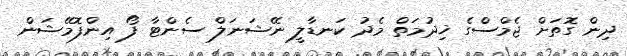
ދިން ގޮތަށް ޖެމްސްގެ ޚިދުމަތް މެދު ކަނޑާލީ ނޭޝަނަލް ސެންޓާ ފޯ އިންފޮމޭޝަން